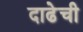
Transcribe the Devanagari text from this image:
दाढेची